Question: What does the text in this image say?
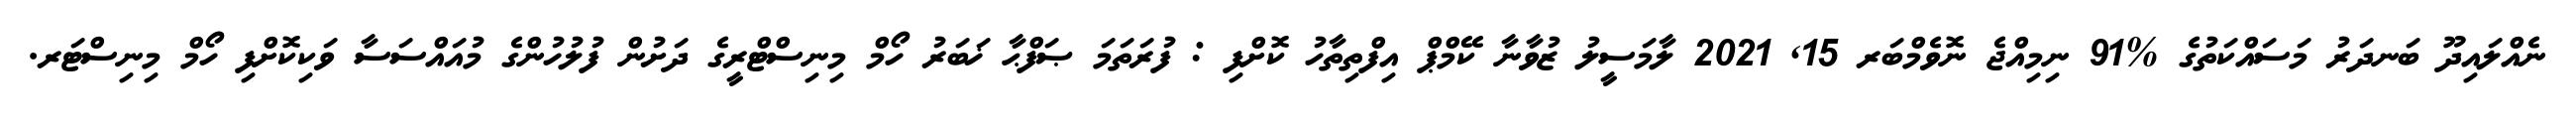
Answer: ނެއްލައިދޫ ބަނދަރު މަސައްކަތުގެ %91 ނިމިއްޖެ ނޮވެމްބަރ 15, 2021 ލާމަސީލު ޒުވާނާ ކޭމްޕް އިފްތިތާހު ކޮށްފި : ފުރަތަމަ ޞަފްޙާ ޚަބަރު ހޯމް މިނިސްޓްރީގެ ދަށުން ފުލުހުންގެ މުއައްސަސާ ވަކިކޮށްފި ހޯމް މިނިސްޓަރ.